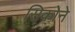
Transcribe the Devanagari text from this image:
सिकोने